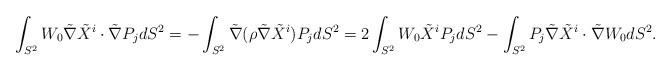
\begin{align*} \int_{S^2} W_0 \tilde {\nabla} \tilde {X}^i \cdot \tilde {\nabla}P_j dS^2 =- \int_{S^2} \tilde{\nabla}(\rho \tilde {\nabla} \tilde {X}^i ) P_j dS^2 = 2\int_{S^2} W_0 \tilde {X}^i P_j dS^2- \int_{S^2} P_j \tilde {\nabla} \tilde {X}^i \cdot \tilde {\nabla} W_0 dS^2.\end{align*}